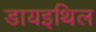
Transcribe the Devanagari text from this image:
डायइथिल